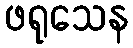
ဖရုသေန